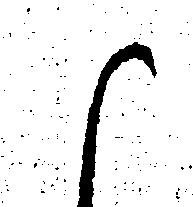
御